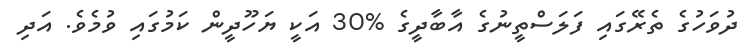
ދުވަހުގެ ތެރޭގައި ފަލަސްތީނުގެ އާބާދީގެ %30 އަކީ ޔަހޫދީން ކަމުގައި ވުމެވެ. އަދި